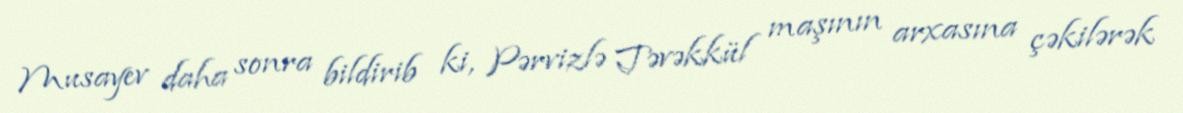
Musayev daha sonra bildirib ki, Pərvizlə Təvəkkül maşının arxasına çəkilərək